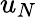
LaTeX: u_{N}